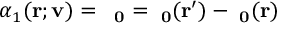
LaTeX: \alpha _ { 1 } ( \bf { r ; v } ) = \delta \alpha _ { 0 } = \alpha _ { 0 } ( { \bf r ^ { \prime } } ) - \alpha _ { 0 } ( { \bf r } )